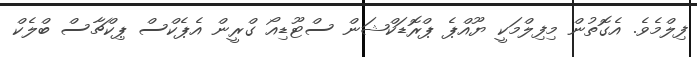
ފިލްމެވެ. އެގޮތުން މިފިލްމަކީ ޔޫއްޕެ ޕްރޮޑަކްޝަން ސްޓޫޑިއޯ ގްރީން އެޕެކްސް ޕިކްޗާސް ބްލެކް